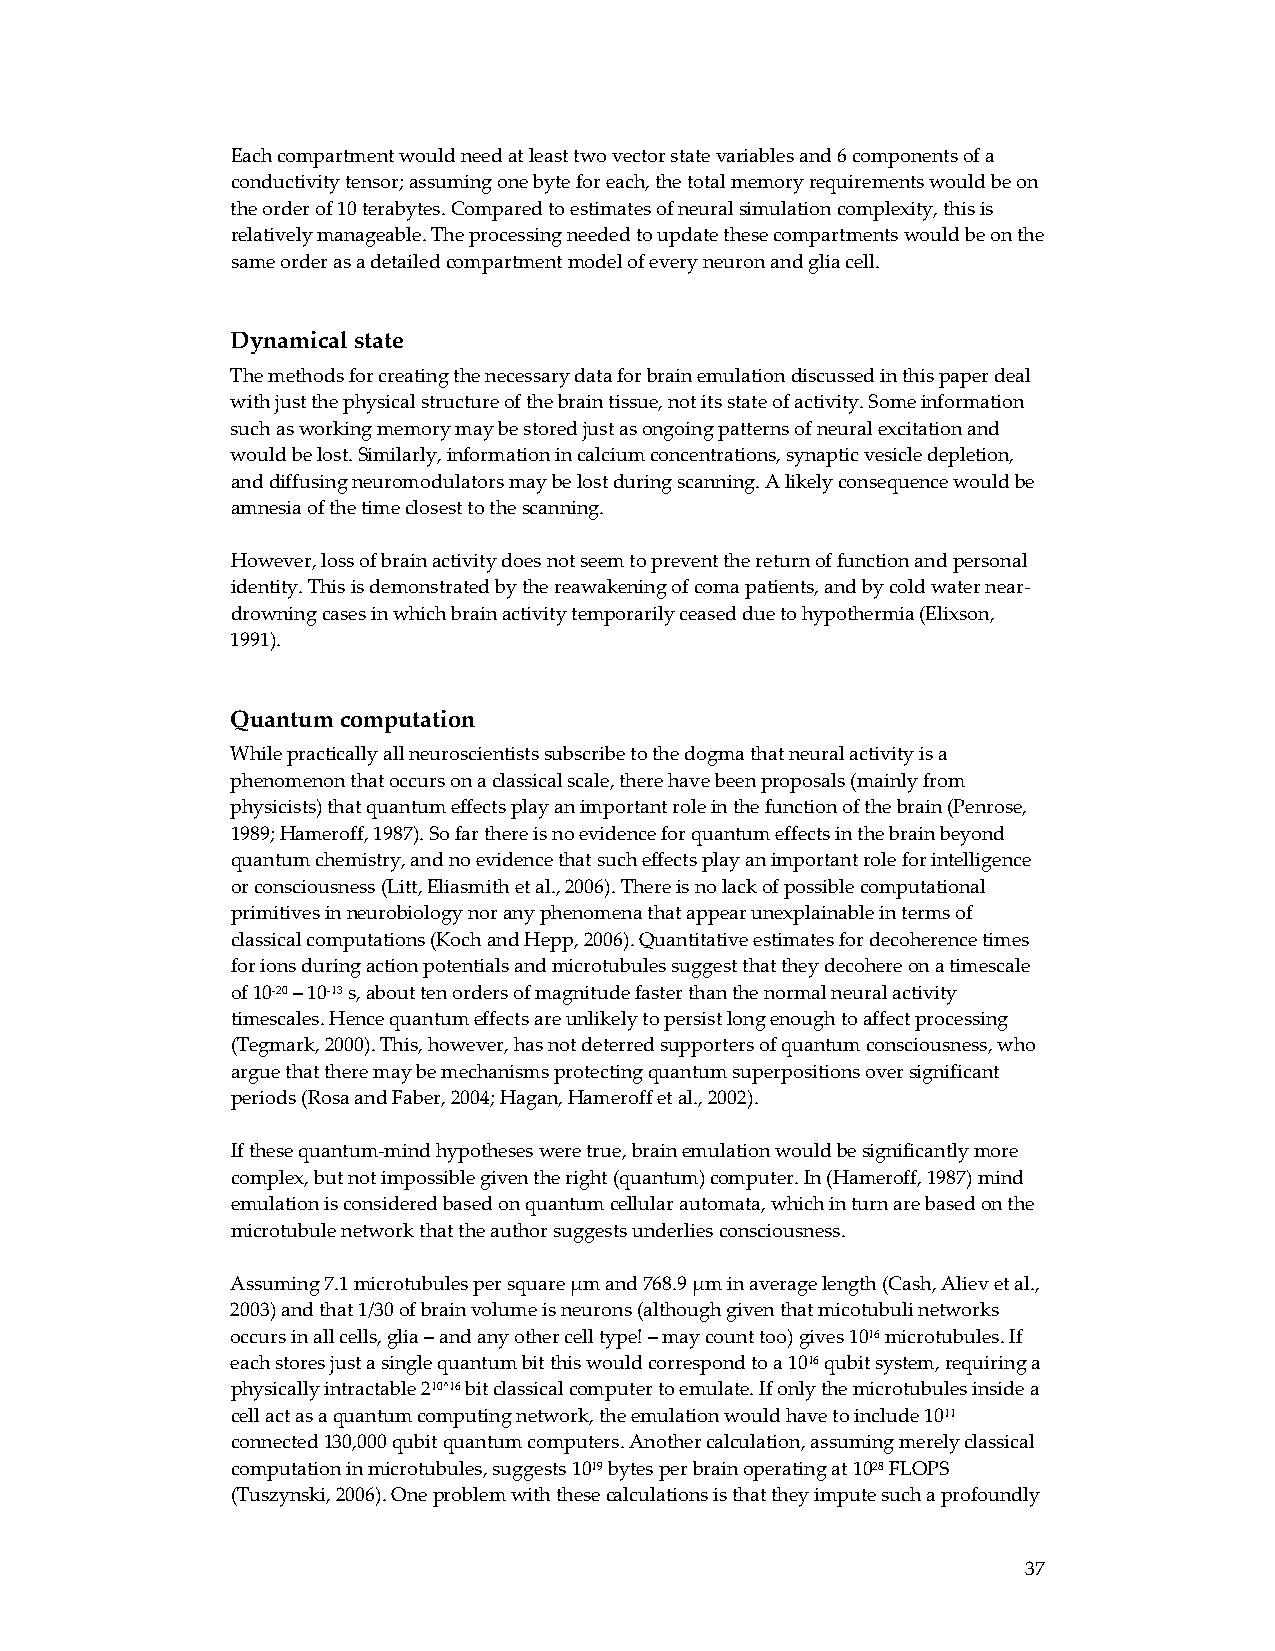
Each compartment would need at least two vector state variables and 6 components of a
 conductivity tensor; assuming one byte for each, the total memory requirements would be on
 the order of 10 terabytes. Compared to estimates of neural simulation complexity, this is
 relatively manageable. The processing needed to update these compartments would be on the
 same order as a detailed compartment model of every neuron and glia cell.
 Dynamical state
 The methods for creating the necessary data for brain emulation discussed in this paper deal
 with just the physical structure of the brain tissue, not its state of activity. Some information
 such as working memory may be stored just as ongoing patterns of neural excitation and
 would be lost. Similarly, information in calcium concentrations, synaptic vesicle depletion,
 and diffusing neuromodulators may be lost during scanning. A likely consequence would be
 amnesia of the time closest to the scanning.
 However, loss of brain activity does not seem to prevent the return of function and personal
 identity. This is demonstrated by the reawakening of coma patients, and by cold water near‐
 drowning cases in which brain activity temporarily ceased due to hypothermia (Elixson,
 1991).
 Quantum computation
 While practically all neuroscientists subscribe to the dogma that neural activity is a
 phenomenon that occurs on a classical scale, there have been proposals (mainly from
 physicists) that quantum effects play an important role in the function of the brain (Penrose,
 1989; Hameroff, 1987). So far there is no evidence for quantum effects in the brain beyond
 quantum chemistry, and no evidence that such effects play an important role for intelligence
 or consciousness (Litt, Eliasmith et al., 2006). There is no lack of possible computational
 primitives in neurobiology nor any phenomena that appear unexplainable in terms of
 classical computations (Koch and Hepp, 2006). Quantitative estimates for decoherence times
 for ions during action potentials and microtubules suggest that they decohere on a timescale
 of 10‐20 – 10‐13 s, about ten orders of magnitude faster than the normal neural activity
 timescales. Hence quantum effects are unlikely to persist long enough to affect processing
 (Tegmark, 2000). This, however, has not deterred supporters of quantum consciousness, who
 argue that there may be mechanisms protecting quantum superpositions over significant
 periods (Rosa and Faber, 2004; Hagan, Hameroff et al., 2002).
 If these quantum‐mind hypotheses were true, brain emulation would be significantly more
 complex, but not impossible given the right (quantum) computer. In (Hameroff, 1987) mind
 emulation is considered based on quantum cellular automata, which in turn are based on the
 microtubule network that the author suggests underlies consciousness.
 Assuming 7.1 microtubules per square μm and 768.9 μm in average length (Cash, Aliev et al.,
 2003) and that 1/30 of brain volume is neurons (although given that micotubuli networks
 occurs in all cells, glia – and any other cell type! – may count too) gives 1016 microtubules. If
 each stores just a single quantum bit this would correspond to a 1016 qubit system, requiring a
 physically intractable 210^16 bit classical computer to emulate. If only the microtubules inside a
 cell act as a quantum computing network, the emulation would have to include 1011
 connected 130,000 qubit quantum computers. Another calculation, assuming merely classical
 computation in microtubules, suggests 1019 bytes per brain operating at 1028 FLOPS
 (Tuszynski, 2006). One problem with these calculations is that they impute such a profoundly
 37